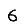
Digit: 6